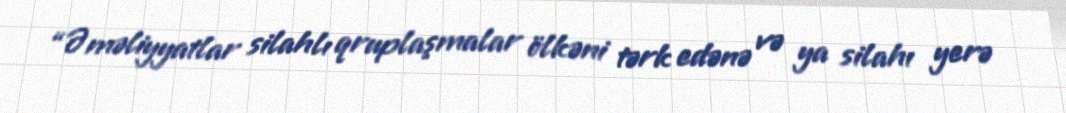
“Əməliyyatlar silahlı qruplaşmalar ölkəni tərk edənə və ya silahı yerə